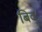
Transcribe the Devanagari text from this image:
बिद्